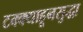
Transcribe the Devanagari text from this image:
टक्क्याहूनसुद्धा